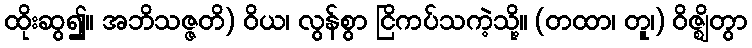
ထိုးဆွ၍။ အဘိသဇ္ဇတိ) ဝိယ၊ လွန်စွာ ငြိကပ်သကဲ့သို့။ (တထာ၊ တူ၊) ဝိဇ္ဈိတွာ